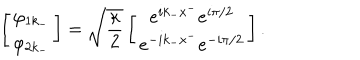
\left[ \begin{matrix} { { \varphi _ { 1 k _ { - } } } } \\ { { \varphi _ { 2 k _ { - } } } } \\ \end{matrix} \right] = \sqrt { { \frac { \kappa } { 2 } } } \left[ \begin{matrix} { { e ^ { i k _ { - } x ^ { - } } e ^ { i \pi / 2 } } } \\ { { e ^ { - i k _ { - } x ^ { - } } e ^ { - i \pi / 2 } } } \\ \end{matrix} \right] .